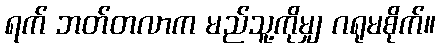
ရက် ဘတ်တလာက မည်သူ့ကိုမျှ ဂရုမစိုက်။